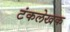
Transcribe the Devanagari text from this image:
टंकलेखक